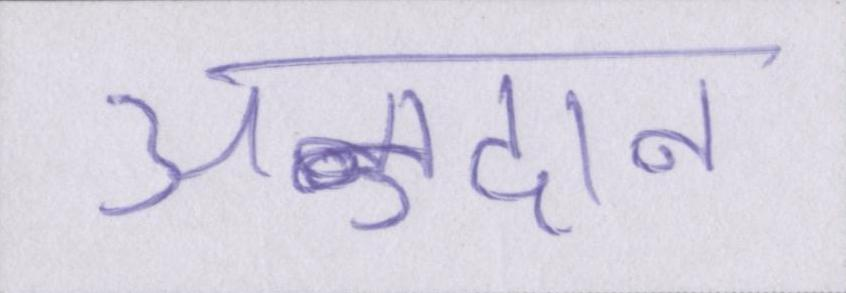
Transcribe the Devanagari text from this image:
अनुदान